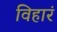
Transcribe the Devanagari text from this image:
विहारं